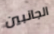
الجانبين